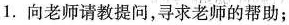
1. 向老师请教提问，寻求老师的帮助;